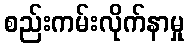
စည်းကမ်းလိုက်နာမှု